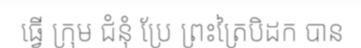
ធ្វើ ក្រុម ជំនុំ ប្រែ ព្រះត្រៃបិដក បាន